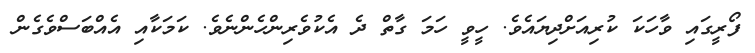
ފޯރީގައި ވާހަކަ ކުރިއަށްދިޔައެވެ. ހީވީ ހަމަ ގާތް ދެ އެކުވެރިންހެންނެވެ. ކަމަކާއި އެއްބަސްވެގެން